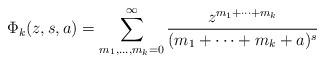
LaTeX: \begin{align*}\Phi_k(z,s,a)=\sum_{m_1,\ldots,m_k=0}^\infty\frac{z^{m_1+\dots+m_k}}{(m_1+\dots+m_k+a)^{s}}\end{align*}